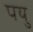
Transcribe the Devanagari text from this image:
पयु